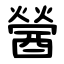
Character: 醟